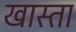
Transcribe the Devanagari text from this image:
खास्ता